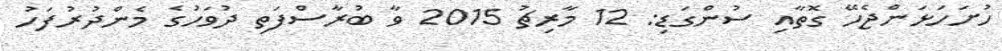
ހުށަހަޅަންޖެހޭ ގޮތާއި ސުންގަޑި: 12 މާރިޗު 2015 ވާ ބުރާސްފަތި ދުވަހުގެ މެންދުރުފަހު